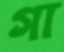
গা